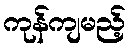
ကုန်ကျမည့်